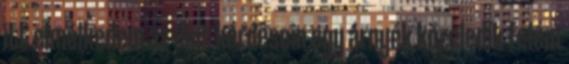
itt elmélkedem az élet kérdésein egy árnyék közeledik felém